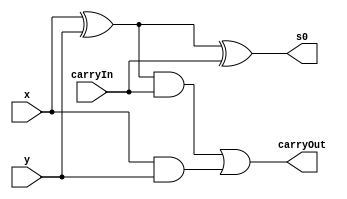
// ------------------------- 
// Exemplo0021  FULL ADDER 
// Nome: Miller 
// ------------------------- 
// Exercicio 1
// ------------------------- 
//  Full Adder 
// ------------------------- 
module fullAdder (output s0, output carryOut, 
                  input x,input y, input carryIn);
						
assign s0 = (x^y)^carryIn;
assign carryOut = (((x^y)&carryIn)|(x&y));

endmodule

module Registros;

reg [3:0]a, b;
reg ci;
wire s0, s1, s2, s3;
wire co0, co1, co2, co3;

fullAdder A(s0, co0, a[0], b[0], ci);
fullAdder B(s1, co1, a[1], b[1], co0);
fullAdder C(s2, co2, a[2], b[2], co1);
fullAdder D(s3, co3, a[3], b[3], co2);

initial begin:start 
a=4'b0000; b=4'b0000;
ci=1'b0; 
end

initial begin 
$display("Exemplo0021 - Miller - 449048"); 
$display("Test LU's module:");
$display("");
$monitor("%b + %b = (%b)%b%b%b%b", a, b, co3, s3, s2, s1, s0);
#1	a=4'b0101;	b=4'b1001; 
#1	a=4'b0010;	b=4'b1000;
#1	a=4'b1010;	b=4'b1000;
#1	a=4'b0110;	b=4'b0000;
#1	a=4'b0010;	b=4'b1111;
#1	a=4'b1111;	b=4'b1111;
#1	a=4'b0000;	b=4'b0000; ci=1'b1;
$display("");
$display("Quando o carry-in do primeiro somador igual a 1:");
$display("");
#1	a=4'b0101;	b=4'b1001; 
#1	a=4'b1100;	b=4'b0111;
#1	a=4'b0110;	b=4'b0000;
#1	a=4'b1111;	b=4'b1111;

end
endmodule